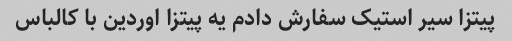
پیتزا سیر استیک سفارش دادم یه پیتزا اوردین با کالباس